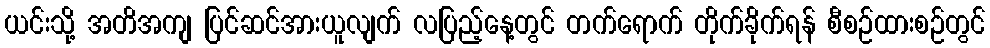
ယင်းသို့ အတိအကျ ပြင်ဆင်အားယူလျက် လပြည့်နေ့တွင် တက်ရောက် တိုက်ခိုက်ရန် စီစဉ်ထားစဉ်တွင်